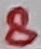
Text: 8